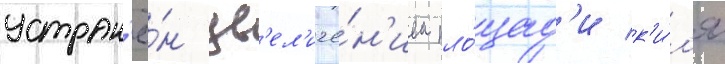
устран'ё́н ув'ел'иче́н'ием пло́щад'и к'и́л'я